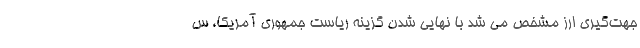
جهت‌گیری ارز مشخص می شد با نهایی شدن گزینه ریاست جمهوری آمریکا، س